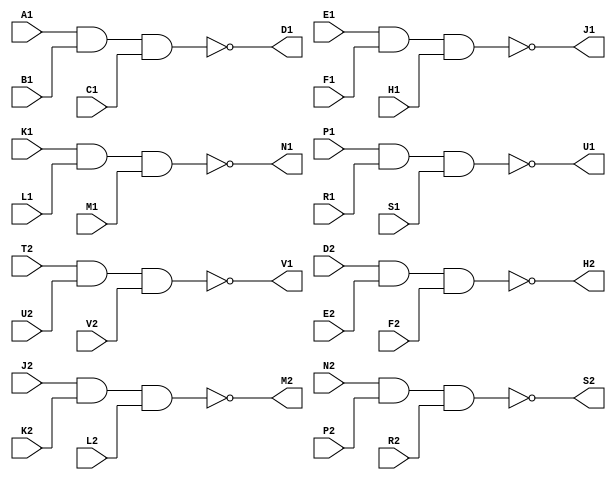
// M115 - Eight 3-input NAND gates
// Kyle Owen - 13 February 2021
// Uses three 7410s; one NAND gate is unused

module m115 (
	input A1,
	input B1,
	input C1,
	output D1,
	input E1,
	input F1,
	input H1,
	output J1,
	input K1,
	input L1,
	input M1,
	output N1,
	input P1,
	input R1,
	input S1,
	//inout T1,  // ground
	output U1,
	output V1,

	//inout A2,  // +5V
	//inout B2,  // -15V (not used)
	//inout C2,  // ground
	input D2,
	input E2,
	input F2,
	output H2,
	input J2,
	input K2,
	input L2,
	output M2,
	input N2,
	input P2,
	input R2,
	output S2,
	input T2,
	input U2,
	input V2
	);

assign D1 = !(A1 & B1 & C1);
assign J1 = !(E1 & F1 & H1);
assign N1 = !(K1 & L1 & M1);
assign U1 = !(P1 & R1 & S1);
assign V1 = !(T2 & U2 & V2);
assign H2 = !(D2 & E2 & F2);
assign M2 = !(J2 & K2 & L2);
assign S2 = !(N2 & P2 & R2);

//assign A2 = 1'b1;
//assign B2 = 1'bz;
//assign C2 = 1'b0;
//assign T1 = 1'b0;

endmodule